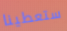
ستعطينا